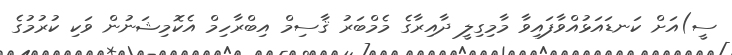
ސީ)އަށް ކަނޑައަޅުއްވާފައިވާ މާމިގިލީ ދާއިރާގެ މެމްބަރު ޤާސިމް އިބްރާހިމް އެކޮމިޝަނުން ވަކި ކުރުމުގެ